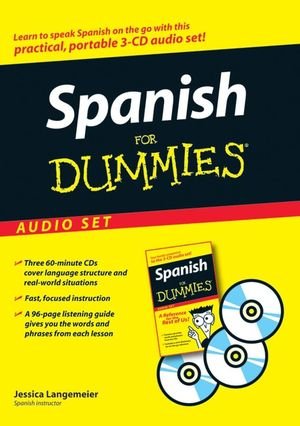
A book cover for Spanish For Dummies Audio Set; Jessica Langemeier; Reference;